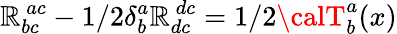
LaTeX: {\cal\mathbb{R}}_{bc}^{~ac}-1/2\delta_{b}^{a}{\cal\mathbb{R}}_{dc}^{~dc}=1/2{\calT}_{b}^{a}(x)